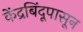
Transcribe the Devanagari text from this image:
केंद्रबिंदूपासून